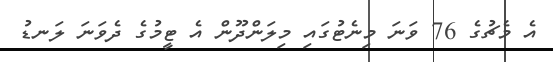
އެ މެޗުގެ 76 ވަނަ މިނެޓުގައި މިލަންދޫން އެ ޓީމުގެ ދެވަނަ ލަނޑު